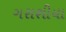
ગરાશીયા